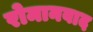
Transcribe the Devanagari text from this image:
रोमानवाद